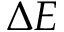
\Delta E